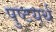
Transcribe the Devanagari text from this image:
पुष्टयर्थ